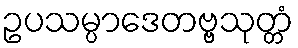
ဥပသမ္ပာဒေတဗ္ဗသုတ္တံ